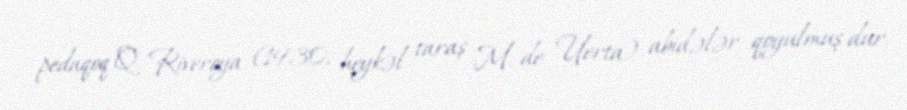
pedaqoq Q. Riveroya (1930, heykəl taraş M. de Uerta) abidələr qoyulmuş dur.